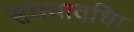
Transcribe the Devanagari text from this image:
समयावधिा